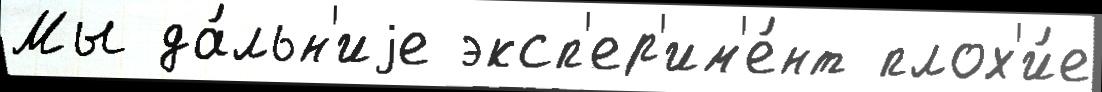
Мы да́льн'иjе эксп'ер'им'е́нт плох'и́е